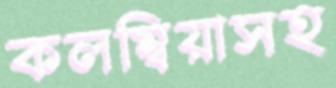
কলম্বিয়াসহ